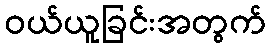
ဝယ်ယူခြင်းအတွက်